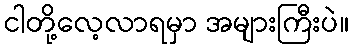
ငါတို့လေ့လာရမှာ အများကြီးပဲ။